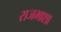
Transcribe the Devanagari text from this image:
राजभाशा